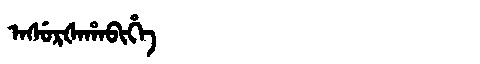
Manchu: ᠠᠰᡠᡵᡧᠠᡥᠠᠪᡳᡥᡝ
Romanization: ASURŠAHABIHE